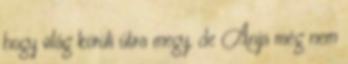
hogy világ körüli útra megy, de Anja még nem